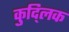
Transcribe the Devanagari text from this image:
कुद्लिक